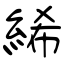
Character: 絺